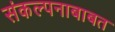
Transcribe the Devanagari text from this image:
संकल्पनाबाबत